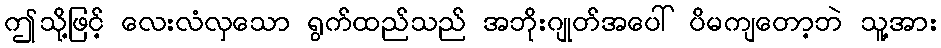
ဤသို့ဖြင့် လေးလံလှသော ရွက်ထည်သည် အဘိုးဂျုတ်အပေါ် ပိမကျတော့ဘဲ သူ့အား